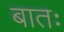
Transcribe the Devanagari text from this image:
बातः